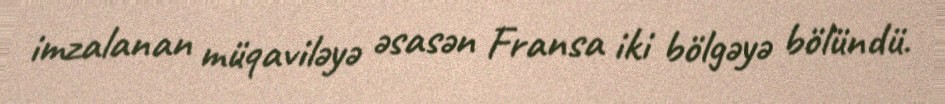
imzalanan müqaviləyə əsasən Fransa iki bölgəyə bölündü.